Report of an investigation into the causes of the diseases known in Assam as Kála-Azár and Beri-Beri
Disease focus: Beri-Beri
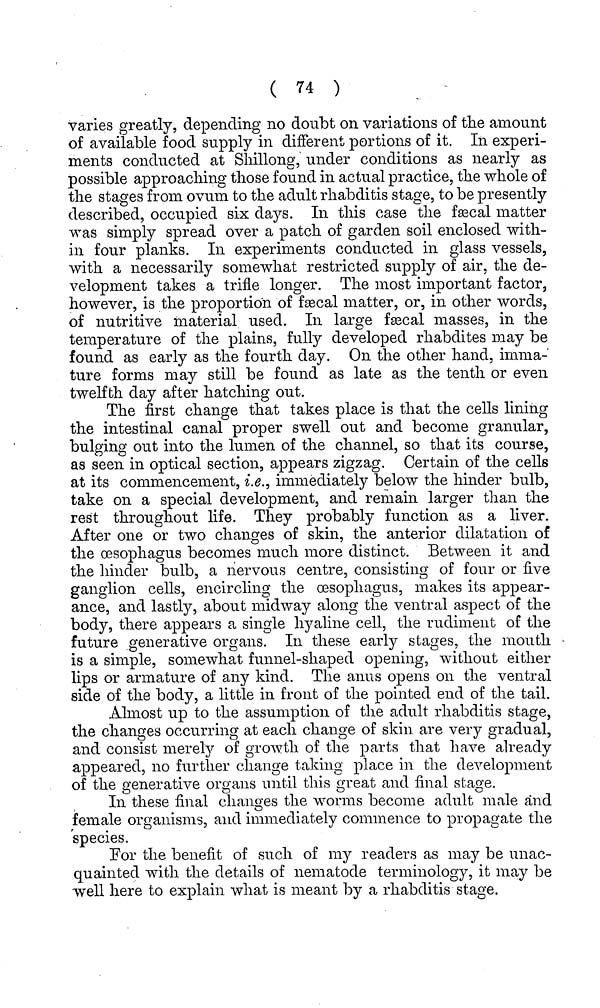
( 74 )
varies greatly, depending no doubt on variations of the amount
of available food supply in different portions of it. In experi-
ments conducted at Shillong, under conditions as nearly as
possible approaching those found in actual practice, the whole of
the stages from ovum to the adult rhabditis stage, to be presently
described, occupied six days. In this case the fæcai matter
was simply spread over a patch of garden soil enclosed with-
in four planks. In experiments conducted in glass vessels,
with a necessarily somewhat restricted supply of air, the de-
velopment takes a trifle longer. The most important factor,
however, is the proportion of fæcal matter, or, in other words,
of nutritive material used. In large fæcal masses, in the
temperature of the plains, fully developed rhabdites may be
found as early as the fourth day. On the other hand, imma-
ture forms may still be found as late as the tenth or even
twelfth day after hatching out.
The first change that takes place is that the cells lining
the intestinal canal proper swell out and become granular,
bulging out into the lumen of the channel, so that its course,
as seen in optical section, appears zigzag. Certain of the cells
at its commencement, i.e., immediately below the hinder bulb,
take on a special development, and remain larger than the
rest throughout life. They probably function as a liver.
After one or two changes of skin, the anterior dilatation of
the oesophagus becomes much more distinct. Between it and
the hinder bulb, a nervous centre, consisting of four or five
ganglion cells, encircling the oesophagus, makes its appear-
ance, and lastly, about midway along the ventral aspect of the
body, there appears a single hyaline cell, the rudiment of the
future generative organs. In these early stages, the mouth
is a simple, somewhat funnel-shaped opening, without either
lips or armature of any kind. The anus opens on the ventral
side of the body, a little in front of the pointed end of the tail.
Almost up to the assumption of the adult rhabditis stage,
the changes occurring at each change of skin are very gradual,
and consist merely of growth of the parts that have already
appeared, 110 further change taking place in the development
of the generative organs until this great and final stage.
In these final changes the worms become adult male and
female organisms, and immediately commence to propagate the
species.
For the benefit of such of my readers as may be unac-
quainted with the details of nematode terminology, it may be
well here to explain what is meant by a rhabditis stage.